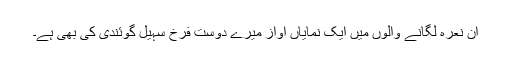
ان نعرہ لگانے والوں میں ایک نمایاں آواز میرے دوست فرخ سہیل گوئندی کی بھی ہے۔